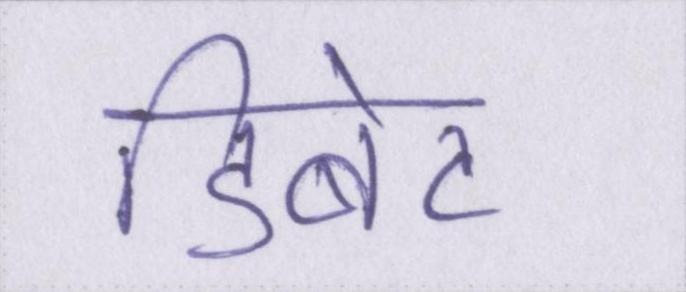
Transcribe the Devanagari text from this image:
डिबेट